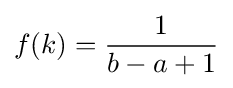
f(k)={\frac {1}{b-a+1}}